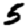
Digit: 5